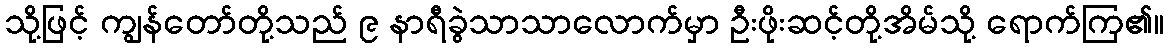
သို့ဖြင့် ကျွန်တော်တို့သည် ၉ နာရီခွဲသာသာလောက်မှာ ဦးဖိုးဆင့်တို့အိမ်သို့ ရောက်ကြ၏။